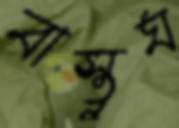
বাস্তুঘ